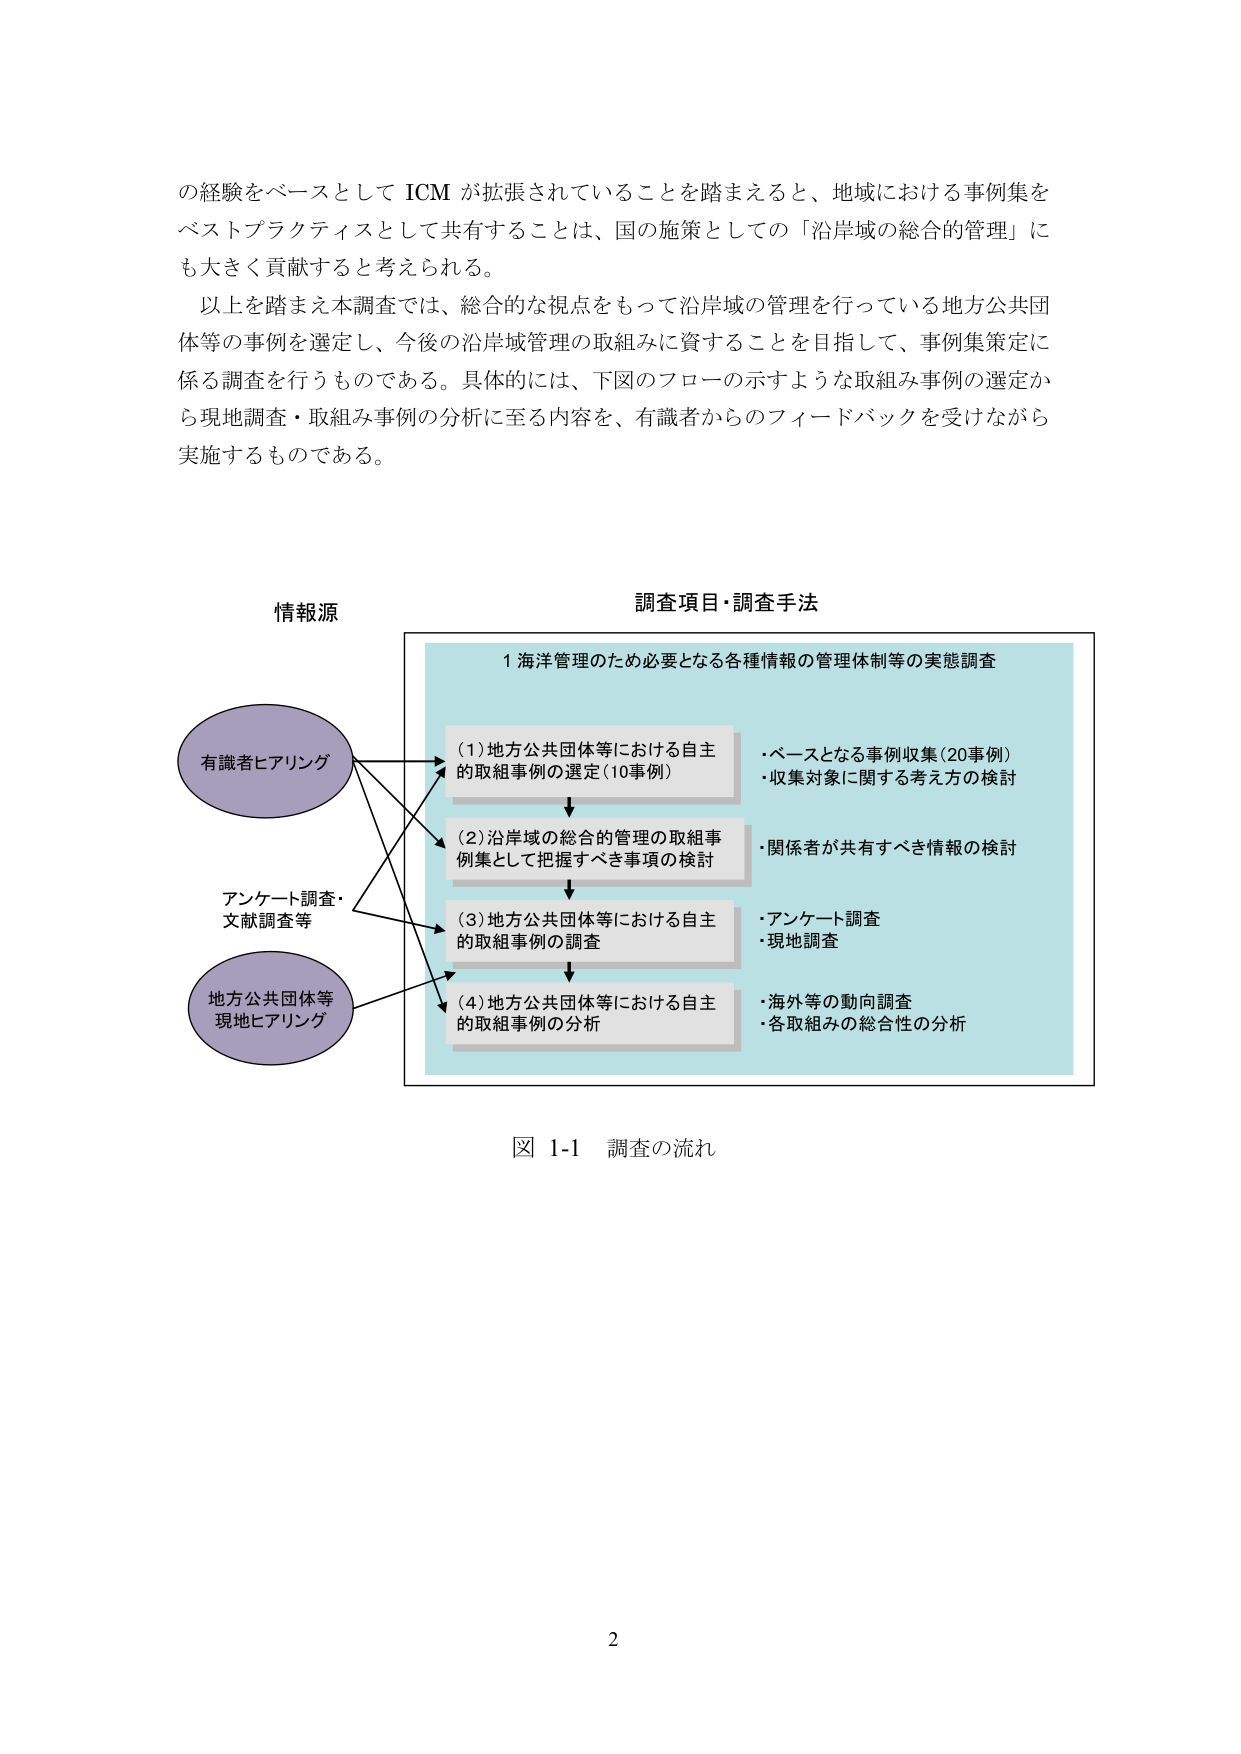
の経験をベースとして ICM が拡張されていることを踏まえると、地域における事例集を
ベストプラクティスとして共有することは、国の施策としての「沿岸域の総合的管理」に
も大きく貢献すると考えられる。
以上を踏まえ本調査では、総合的な視点をもって沿岸域の管理を行っている地方公共団
体等の事例を選定し、今後の沿岸域管理の取組みに資することを目指して、事例集策定に
係る調査を行うものである。具体的には、下図のフローの示すような取組み事例の選定か
ら現地調査・取組み事例の分析に至る内容を、有識者からのフィードバックを受けながら
実施するものである。

情報源
有識者ヒアリング
アンケート調査・
文献調査等
地方公共団体等
現地ヒアリング

調査項目・調査手法
1 海洋管理のため必要となる各種情報の管理体制等の実態調査
(1)地方公共団体等における自主
的取組事例の選定(10事例)
(2)沿岸域の総合的管理の取組事
例集として把握すべき事項の検討
(3)地方公共団体等における自主
的取組事例の調査
(4)地方公共団体等における自主
的取組事例の分析
・ベースとなる事例収集(20事例)
・収集対象に関する考え方の検討
・関係者が共有すべき情報の検討
・アンケート調査
・現地調査
・海外等の動向調査
・各取組みの総合性の分析

図 1-1 調査の流れ

2